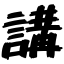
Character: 講